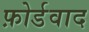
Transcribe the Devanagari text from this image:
फ़ोर्डवाद